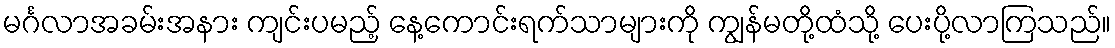
မင်္ဂလာအခမ်းအနား ကျင်းပမည့် နေ့ကောင်းရက်သာများကို ကျွန်မတို့ထံသို့ ပေးပို့လာကြသည်။